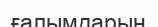
ғалымдарың